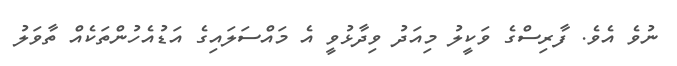
ނުވެ އެވެ. ފާރިސްގެ ވަކީލު މިއަދު ވިދާޅުވީ އެ މައްސަލައިގެ އަޑުއެހުންތަކެއް ތާވަލު